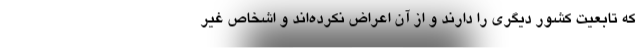
که تابعیت کشور دیگری را دارند و از آن اعراض نکرده‌اند و اشخاص غیر